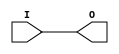
module IBUFG_LVCMOS15 (O, I);

    output O;

    input  I;

	buf B1 (O, I);


endmodule